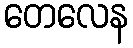
တေလေန